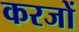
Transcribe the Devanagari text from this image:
करजों